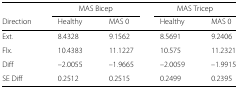
<table><thead><tr><td></td><td colspan="2"><b>MAS Bicep</b></td><td colspan="2"><b>MAS Tricep</b></td></tr><tr><td><b>Direction</b></td><td><b>Healthy</b></td><td><b>MAS 0</b></td><td><b>Healthy</b></td><td><b>MAS 0</b></td></tr></thead><tbody><tr><td>Ext.</td><td>8.4328</td><td>9.1562</td><td>8.5691</td><td>9.2406</td></tr><tr><td>Flx.</td><td>10.4383</td><td>11.1227</td><td>10.575</td><td>11.2321</td></tr><tr><td>Diff</td><td>–2.0055</td><td>–1.9665</td><td>–2.0059</td><td>–1.9915</td></tr><tr><td>SE Diff</td><td>0.2512</td><td>0.2515</td><td>0.2499</td><td>0.2395</td></tr></tbody></table>